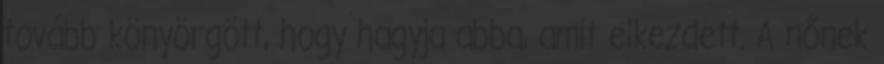
tovább könyörgött, hogy hagyja abba, amit elkezdett. A nőnek